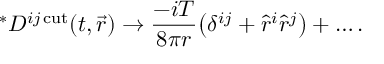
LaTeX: ^ { * } { \cal D } ^ { i j \, \mathrm { c u t } } ( t , \vec { r } ) \to { \frac { - i T } { 8 \pi r } } \big ( \delta ^ { i j } + \hat { r } ^ { i } \hat { r } ^ { j } \big ) + \dots .